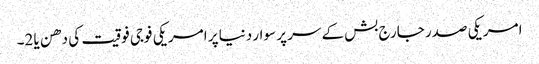
امریکی صدر جارج بش کے سر پر سوار دنیا پر امریکی فوجی فوقیت کی دھن یا 2۔